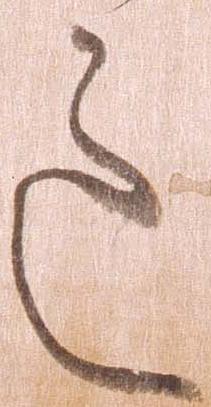
道